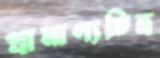
প্রামাণ্যচিত্র